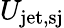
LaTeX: U_{\mathrm{jet,sj}}